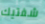
شفتيك